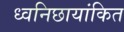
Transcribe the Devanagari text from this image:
ध्वनिछायांकित